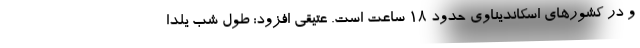
و در کشورهای اسکاندیناوی حدود ۱۸ ساعت است. عتیقی افزود: طول شب یلدا